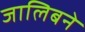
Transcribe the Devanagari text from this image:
जालिबने